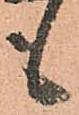
も